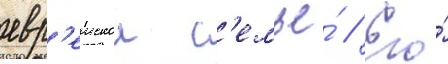
евр'еискои с'емье́ // Его́